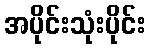
အပိုင်းသုံးပိုင်း